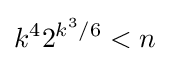
k^{4}2^{k^{3}/6}<n